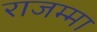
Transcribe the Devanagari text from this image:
राजम्मा